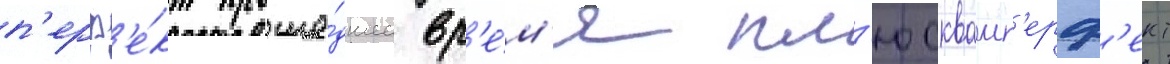
п'ерф'е́кт проше́дшее вр'е́м'я пл'юсквамп'ерф'ект